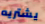
يشتريه